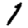
Digit: 1